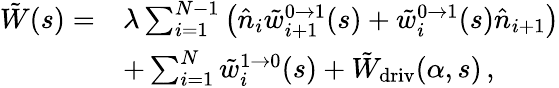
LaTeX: \begin{array}{rl}{\tilde{W}(s)=}&{\lambda\sum_{i=1}^{N-1}\left(\hat{n}_{i}\tilde{w}_{i+1}^{0\to 1}(s)+\tilde{w}_{i}^{0\to 1}(s)\hat{n}_{i+1}\right)}\\ &{+\sum_{i=1}^{N}\tilde{w}_{i}^{1\to 0}(s)+\tilde{W}_{\mathrm{driv}}(\alpha,s)\, ,}\end{array}